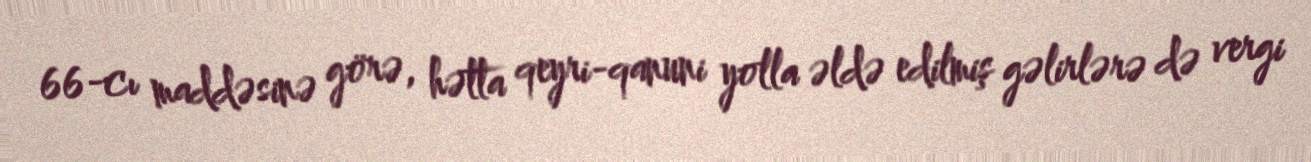
66-cı maddəsinə görə, hətta qeyri-qanuni yolla əldə edilmiş gəlirlərə də vergi